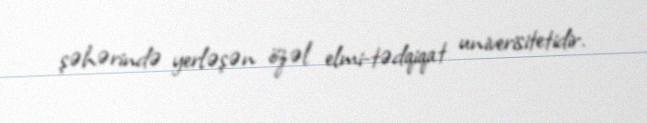
şəhərində yerləşən özəl elmi-tədqiqat univerisitetidir.